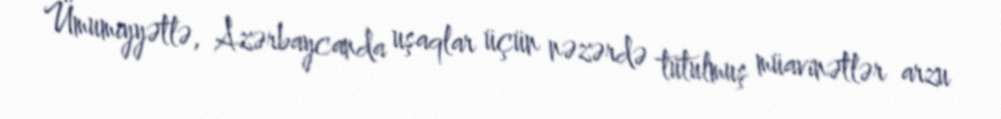
Ümumiyyətlə, Azərbaycanda uşaqlar üçün nəzərdə tutulmuş müavinətlər arzu